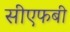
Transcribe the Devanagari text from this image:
सीएफबी